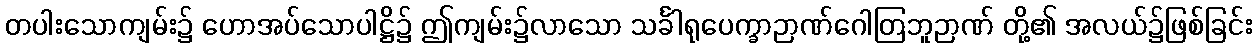
တပါးသောကျမ်း၌ ဟောအပ်သောပါဋ္ဌိ၌ ဤကျမ်း၌လာသော သင်္ခါရုပေက္ခာဉာဏ်ဂေါတြဘူဉာဏ် တို့၏ အလယ်၌ဖြစ်ခြင်း